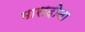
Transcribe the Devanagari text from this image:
मारादोना